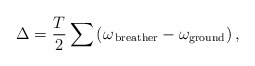
\begin{align*}\Delta= \frac{T}{2}\sum \left(\omega_{\rm \, breather} -\omega_{\rm ground}\right),\end{align*}